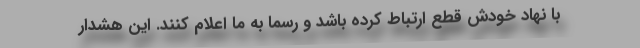
با نهاد خودش قطع ارتباط کرده باشد و رسما به ما اعلام کنند. این هشدار